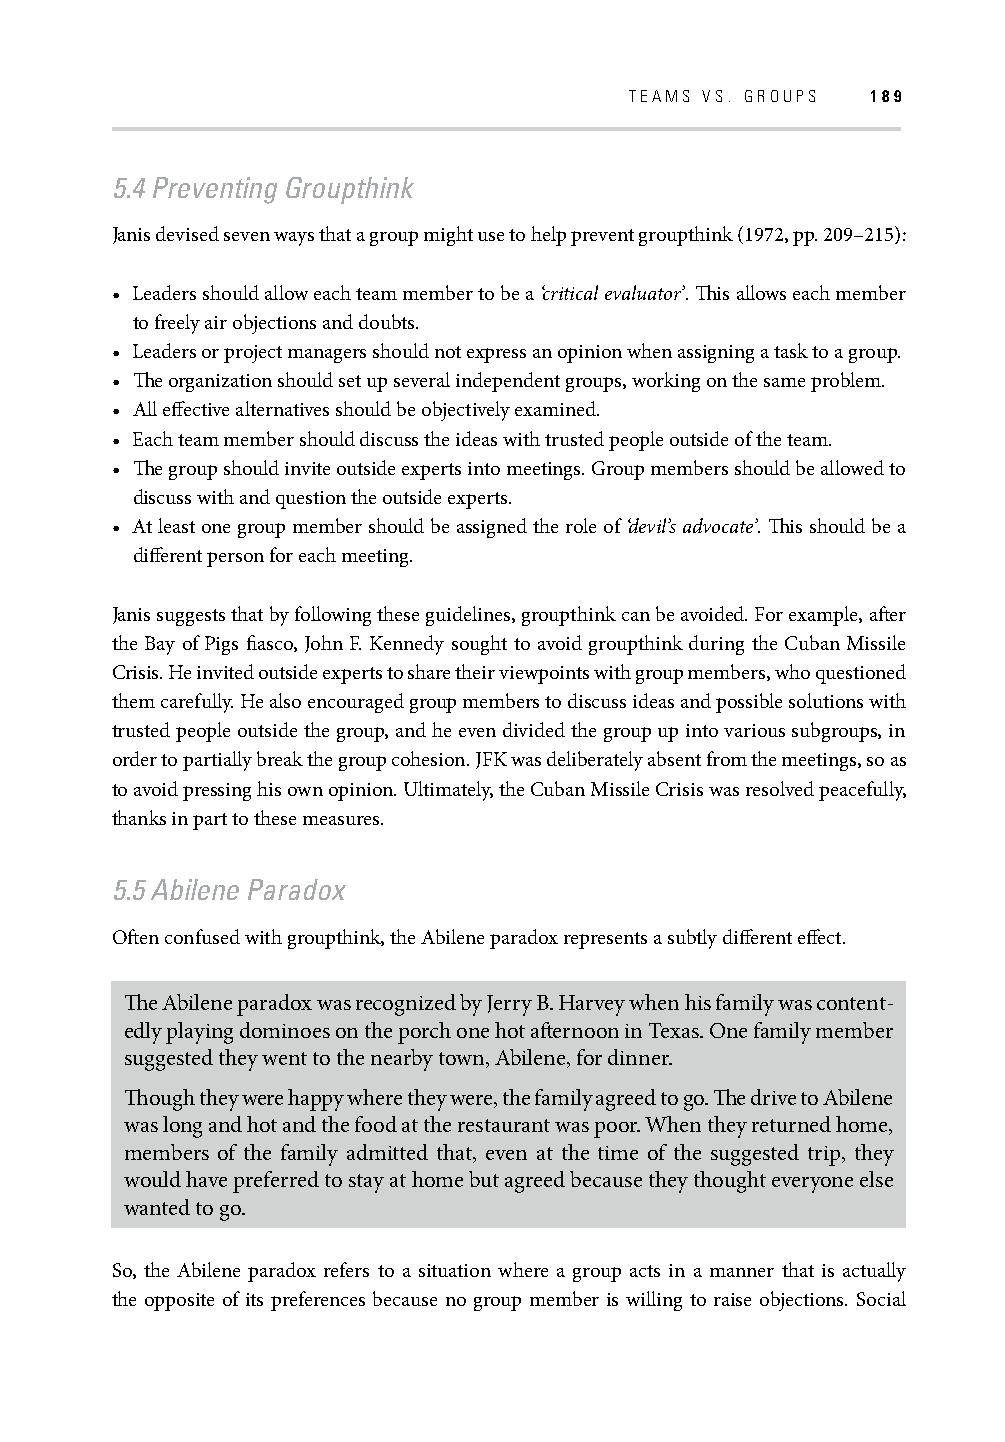
TEAMS VS. GROUPS 189
 5.4 Preventing Groupthink
 Janis devised seven ways that a group might use to help prevent groupthink (1972, pp. 209–215):
 • Leaders should allow each team member to be a ‘critical evaluator’. Th is allows each member
 to freely air objections and doubts.
 • Leaders or project managers should not express an opinion when assigning a task to a group.
 • Th e organization should set up several independent groups, working on the same problem.
 • All eff ective alternatives should be objectively examined.
 • Each team member should discuss the ideas with trusted people outside of the team.
 • Th e group should invite outside experts into meetings. Group members should be allowed to
 discuss with and question the outside experts.
 • At least one group member should be assigned the role of ‘devil’s advocate’. Th is should be a
 diff erent person for each meeting.
 Janis suggests that by following these guidelines, groupthink can be avoided. For example, aft er
 the Bay of Pigs fi asco, John F. Kennedy sought to avoid groupthink during the Cuban Missile
 Crisis. He invited outside experts to share their viewpoints with group members, who questioned
 them carefully. He also encouraged group members to discuss ideas and possible solutions with
 trusted people outside the group, and he even divided the group up into various subgroups, in
 order to partially break the group cohesion. JFK was deliberately absent from the meetings, so as
 to avoid pressing his own opinion. Ultimately, the Cuban Missile Crisis was resolved peacefully,
 thanks in part to these measures.
 5.5 Abilene Paradox
 Oft en confused with groupthink, the Abilene paradox represents a subtly diff erent eff ect.
 Th e Abilene paradox was recognized by Jerry B. Harvey when his family was content-
 edly playing dominoes on the porch one hot aft ernoon in Texas. One family member
 suggested they went to the nearby town, Abilene, for dinner.
 Th ough they were happy where they were, the family agreed to go. Th e drive to Abilene
 was long and hot and the food at the restaurant was poor. When they returned home,
 members of the family admitted that, even at the time of the suggested trip, they
 would have preferred to stay at home but agreed because they thought everyone else
 wanted to go.
 So, the Abilene paradox refers to a situation where a group acts in a manner that is actually
 the opposite of its preferences because no group member is willing to raise objections. Social